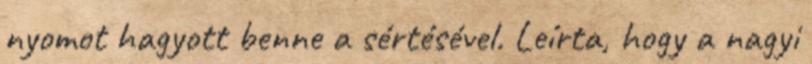
nyomot hagyott benne a sértésével. Leírta, hogy a nagyi